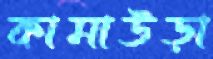
কামাউড়া